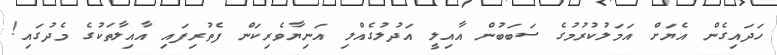
ހަދައިގެން އެޔަށް އަމަލުކުރުމުގެ ސަބަބުން އާއިލީ އަދުލުގެއްލި އަނިޔާވެރިކަން ފެތުރިފައި އާއިލާތަކުގެ މެދުގައި!